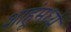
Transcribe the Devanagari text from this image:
शाहूंमध्ये